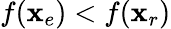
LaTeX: f(\mathbf{x}_{e})<f(\mathbf{x}_{r})